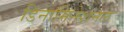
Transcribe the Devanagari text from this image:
डिनामिनेशनल